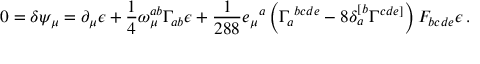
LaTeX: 0 = \delta \psi _ { \mu } = \partial _ { \mu } \epsilon + \frac 1 4 \omega _ { \mu } ^ { a b } \Gamma _ { a b } \epsilon + \frac 1 { 2 8 8 } e _ { \mu } { } ^ { a } \left( \Gamma _ { a } { } ^ { b c d e } - 8 \delta _ { a } ^ { [ b } \Gamma ^ { c d e ] } \right) F _ { b c d e } \epsilon \, .